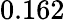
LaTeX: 0.162